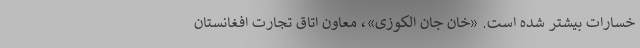
خسارات بیشتر شده است. «خان جان الکوزی»، معاون اتاق‌ تجارت افغانستان